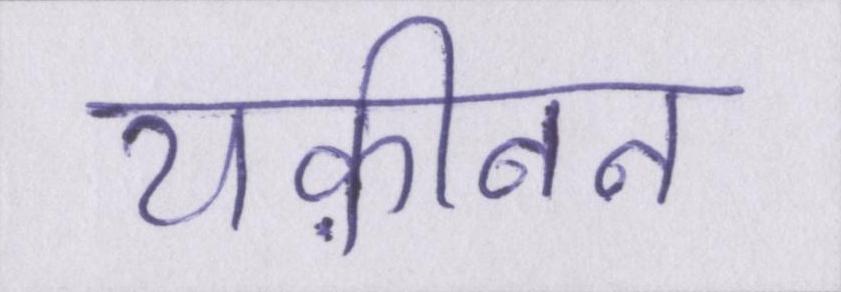
यक़ीनन